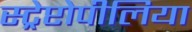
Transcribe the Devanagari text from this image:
स्ट्रेप्टोपीलिया